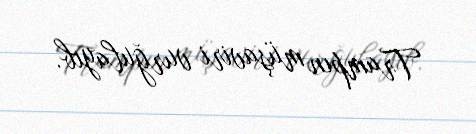
Trampın müşaviri vurğulayıb.